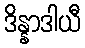
ဒိန္နာဒါယီ